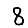
Digit: 8